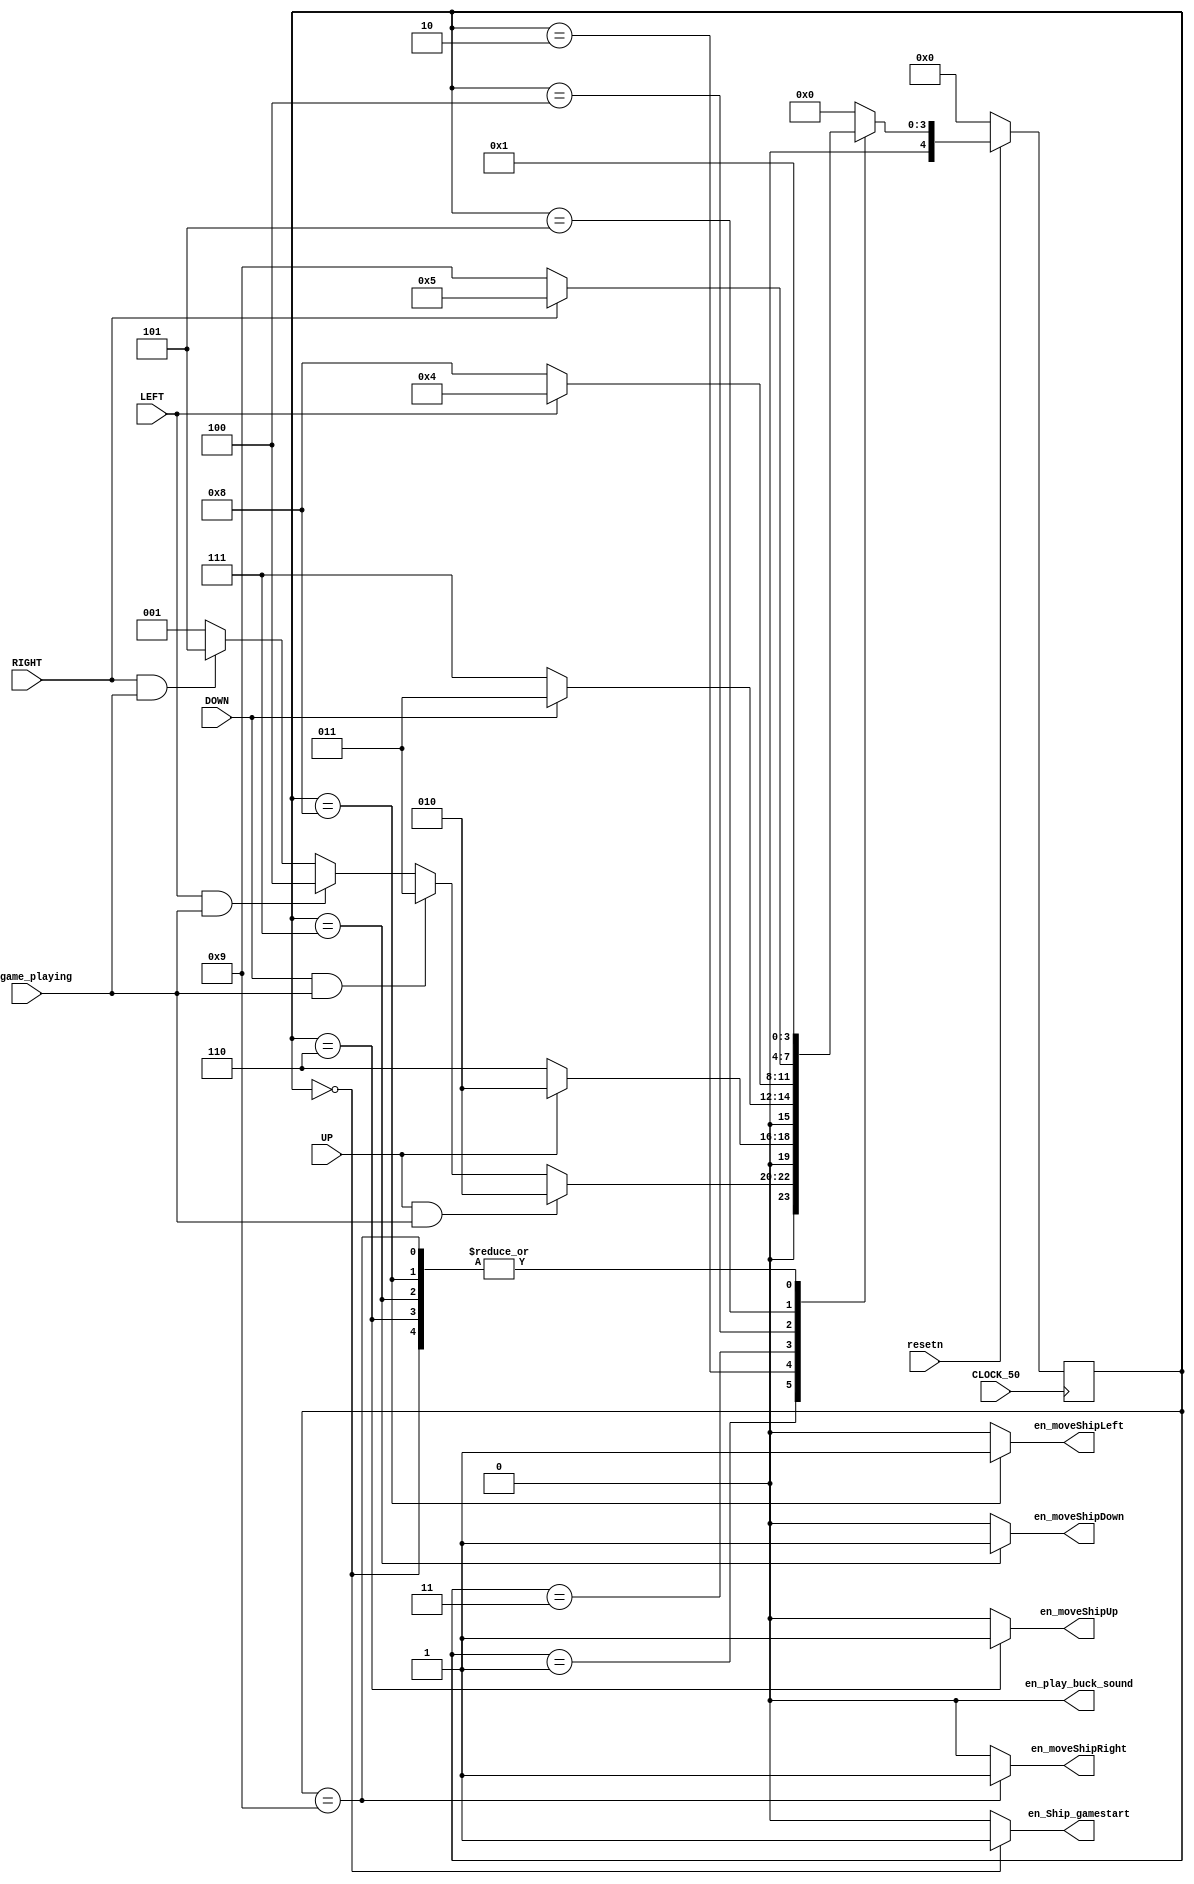
module shipMove_controlpath(CLOCK_50,resetn,
									UP,DOWN,LEFT,RIGHT,
									en_Ship_gamestart,
									en_moveShipUp,
									en_moveShipDown,
									en_moveShipLeft,
									en_moveShipRight,
									en_play_buck_sound,
									en_game_playing);

input CLOCK_50,resetn;
input UP,DOWN,LEFT,RIGHT,en_game_playing; //keyboard signals

output reg en_Ship_gamestart, en_moveShipUp,en_moveShipDown,en_moveShipLeft,en_moveShipRight; //ShipenMove signals

reg [4:0] ShipMove_current_state, ShipMove_next_state;


localparam 	S_SHIP_GAMESTART			= 5'd0,
				S_SHIP_IDLE				= 5'd1,
				S_SHIP_UP_IDLE_WAIT		= 5'd2,
				S_SHIP_DOWN_IDLE_WAIT	= 5'd3,
				S_SHIP_LEFT_IDLE_WAIT	= 5'd4,
				S_SHIP_RIGHT_IDLE_WAIT	= 5'd5,
				S_SHIP_UP					= 5'd6,
				S_SHIP_DOWN				= 5'd7,
				S_SHIP_LEFT				= 5'd8,
				S_SHIP_RIGHT				= 5'd9;
always@(*)
begin: Ship_move_state_table
	case (ShipMove_current_state)
		S_SHIP_GAMESTART				: ShipMove_next_state= S_SHIP_IDLE;
		S_SHIP_IDLE					:begin
		if(UP&&en_game_playing)
			ShipMove_next_state = S_SHIP_UP_IDLE_WAIT;
		else if (DOWN&&en_game_playing)
			ShipMove_next_state = S_SHIP_DOWN_IDLE_WAIT;
		else if (LEFT&&en_game_playing)
			ShipMove_next_state = S_SHIP_LEFT_IDLE_WAIT;
		else if (RIGHT&&en_game_playing)
			ShipMove_next_state = S_SHIP_RIGHT_IDLE_WAIT;
		else
			ShipMove_next_state = S_SHIP_IDLE;
		end
		S_SHIP_UP_IDLE_WAIT			: ShipMove_next_state= (UP)? S_SHIP_UP_IDLE_WAIT : S_SHIP_UP;
		S_SHIP_DOWN_IDLE_WAIT		: ShipMove_next_state= (DOWN)? S_SHIP_DOWN_IDLE_WAIT : S_SHIP_DOWN;
		S_SHIP_LEFT_IDLE_WAIT		: ShipMove_next_state= (LEFT)? S_SHIP_LEFT_IDLE_WAIT : S_SHIP_LEFT;
		S_SHIP_RIGHT_IDLE_WAIT		: ShipMove_next_state= (RIGHT)? S_SHIP_RIGHT_IDLE_WAIT : S_SHIP_RIGHT;
		S_SHIP_UP						: ShipMove_next_state= S_SHIP_IDLE;
		S_SHIP_DOWN					: ShipMove_next_state= S_SHIP_IDLE;
		S_SHIP_LEFT					: ShipMove_next_state= S_SHIP_IDLE;
		S_SHIP_RIGHT					: ShipMove_next_state= S_SHIP_IDLE;
	default: ShipMove_next_state = S_SHIP_GAMESTART;
	endcase
end // Ship_move_state_table

output reg en_play_buck_sound;

always @(*)
begin: ShipMove_enable_signals
	en_Ship_gamestart=0;
	en_moveShipUp=0;
	en_moveShipDown=0;
	en_moveShipLeft=0;
	en_moveShipRight=0;
	en_play_buck_sound = 0;
  case (ShipMove_current_state)
		S_SHIP_GAMESTART: en_Ship_gamestart=1;
		S_SHIP_UP					: en_moveShipUp=1;
		S_SHIP_DOWN				: en_moveShipDown=1;
		S_SHIP_LEFT				: en_moveShipLeft=1;
		S_SHIP_RIGHT				: en_moveShipRight=1;
		
//		S_SHIP_UP_IDLE_WAIT		: en_play_buck_sound=1;
//		S_SHIP_DOWN_IDLE_WAIT	: en_play_buck_sound=1;
//		S_SHIP_LEFT_IDLE_WAIT	: en_play_buck_sound=1;
//		S_SHIP_RIGHT_IDLE_WAIT	: en_play_buck_sound=1;
		
  endcase
end // ShipMove_enable_signals

always@(posedge CLOCK_50)
begin: ShipMove_FFs
  if(!resetn)
		ShipMove_current_state <= S_SHIP_GAMESTART;
  else
		ShipMove_current_state <= ShipMove_next_state;
end // ShipMove_FFS

endmodule

module ShipenMove_datapath(CLOCK_50,resetn,en_new_game,
									en_Ship_gamestart,
									en_moveShipUp,
									en_moveShipDown,
									en_moveShipLeft,
									en_moveShipRight,
									ShipInitX,ShipInitY);
									
input CLOCK_50,resetn;
input en_Ship_gamestart,en_moveShipUp,en_moveShipDown,en_moveShipLeft,en_moveShipRight;

input en_new_game;
output reg [9:0] ShipInitX;
output reg [8:0] ShipInitY;

initial
begin
ShipInitX  = 160; //'b0010100000;
ShipInitY  = 195;//'b010100000;

end



//Ship Origin Position
always@(posedge CLOCK_50) begin
	if((!resetn)||en_new_game) begin
		ShipInitX <= 160;//'b0010100000;
		ShipInitY <= 195;//'b010100000;
	end
else begin
		if (en_Ship_gamestart) begin
			ShipInitX  <= 160;//'b0010100000;
			ShipInitY  <= 195;//'b010100000;
		end
		if (en_moveShipUp&& ((ShipInitY-5)>0) ) begin
			ShipInitY<= (ShipInitY-5);
		end
		if(en_moveShipDown&&((ShipInitY+5)<230)) begin
			ShipInitY<= (ShipInitY+5);
		end
		if(en_moveShipLeft&& ((ShipInitX-5)>0)) begin
			ShipInitX<= (ShipInitX-5);
		end
		if(en_moveShipRight&& ((ShipInitX+5)<310)) begin
			ShipInitX<= (ShipInitX+5);
		end
	end
end
endmodule